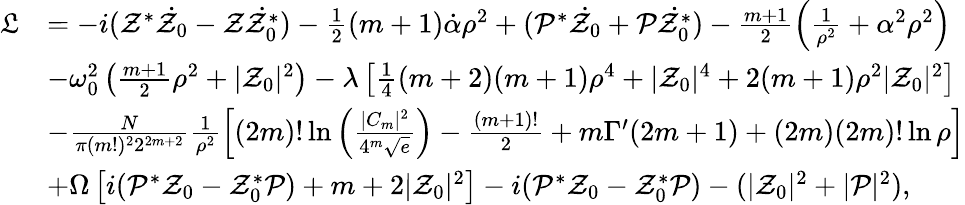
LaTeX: \begin{array}{rl}{\mathfrak{L}}&{=-i(\mathcal{Z}^{*}\dot{\mathcal{Z}_{0}}-\mathcal{Z}\dot{\mathcal{Z}_{0}^{*}})-\frac{1}{2}(m+1)\dot{\mathcal{\alpha}}\rho^{2}+(\mathcal{P}^{*}\dot{\mathcal{Z}_{0}}+\mathcal{P}\dot{\mathcal{Z}_{0}^{*}})-\frac{m+1}{2}\left(\frac{1}{\rho^{2}}+\alpha^{2}\rho^{2}\right)}\\ &{-{\omega_{0}^{2}}\left(\frac{m+1}{2}\rho^{2}+|\mathcal{Z}_{0}|^{2}\right)-\lambda\left[\frac{1}{4}(m+2)(m+1)\rho^{4}+|\mathcal{Z}_{0}|^{4}+2(m+1)\rho^{2}|\mathcal{Z}_{0}|^{2}\right]}\\ &{-\frac{N}{\pi(m!)^{2}2^{2m+2}}\frac{1}{\rho^{2}}\left[(2m)!\ln\left(\frac{|C_{m}|^{2}}{4^{m}\sqrt{e}}\right)-\frac{(m+1)!}{2}+m\Gamma^{\prime}(2m+1)+(2m)(2m)!\ln\rho\right]}\\ &{+{\Omega}\left[i(\mathcal{P}^{*}\mathcal{Z}_{0}-\mathcal{Z}_{0}^{*}\mathcal{P})+m+2|\mathcal{Z}_{0}|^{2}\right]-i(\mathcal{P}^{*}\mathcal{Z}_{0}-\mathcal{Z}_{0}^{*}\mathcal{P})-(|\mathcal{Z}_{0}|^{2}+|\mathcal{P}|^{2}),}\end{array}